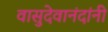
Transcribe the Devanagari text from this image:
वासुदेवानंदांनी